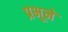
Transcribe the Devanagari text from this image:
प्रभूनें